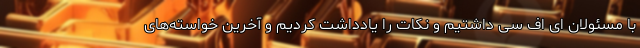
با مسئولان ای اف سی داشتیم و نکات را یادداشت کردیم و آخرین خواسته‌های